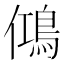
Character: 𬷉